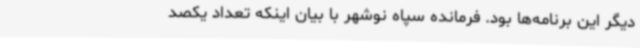
دیگر این برنامه‌ها بود. فرمانده سپاه نوشهر با بیان اینکه تعداد یکصد